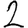
Digit: 2